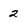
Character: 2